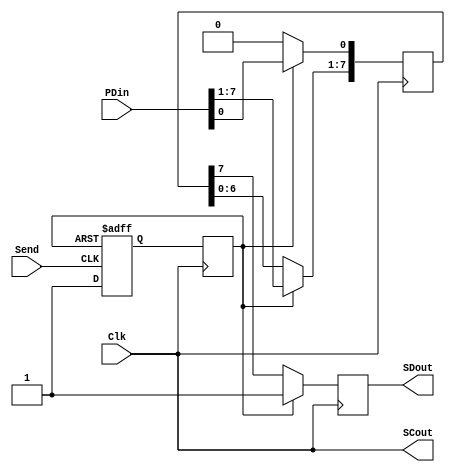
module Tx_LAB5_2_DRF(Clk,Send,PDin,SCout,SDout);  //Tx
	input Clk;
	input Send;   
	input [7:0] PDin;							// Paralel data
	output SCout;
	output SDout;

	reg [7:0] SRreg;							// Shiftregistertostore8-bitparalleldata
	reg Serial_out;								// Transmission condition
	
	reg Sout;
	reg EPout;
	
	
	always @(posedge Send or posedge EPout)
	begin	
		if (EPout)
			Sout <= 1'b0;
		else
			Sout <= 1'b1;
	end
	
	always @(posedge Clk)
	begin
		EPout <= Sout;
	end

		
	
	
always @(posedge Clk)
        begin
            if (EPout)
                begin
                    Serial_out <= 1'b1;            // starting condition
                    SRreg [7:0] <= PDin [7:0];    // Storing data
                end
            else                                  // Paralel to Serial transmission
                begin
                    Serial_out <= SRreg[7];        // MSB
                    SRreg[7:1] <= SRreg[6:0];    // shifting
                    SRreg[0] <= 1'b0;            // clear LSB
                end
        end
        
        
        
	/// HOCAM RAPORLUYDUM UNUTURSAM DIYE HATIRLATMA COMMENTI
	assign SCout = Clk; 						
	assign SDout = Serial_out; 					//Transmitting to Serial data 
 
endmodule